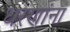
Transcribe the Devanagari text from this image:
धरणांना